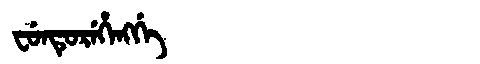
Manchu: ᠸᡠᠨᡨᡠᡵᡝᡥᡝᠩᡤᡝ
Romanization: FUNTUREHENGGE